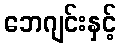
ဘေဂျင်းနှင့်